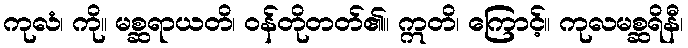
ကုလံ၊ ကို။ မစ္ဆရာယတိ၊ ဝန်တိုတတ်၏။ ဣတိ၊ ကြောင့်။ ကုလမစ္ဆရိနီ၊